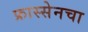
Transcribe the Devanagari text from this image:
फ्रास्सेनचा